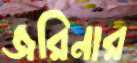
জরিনার